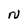
Character: N